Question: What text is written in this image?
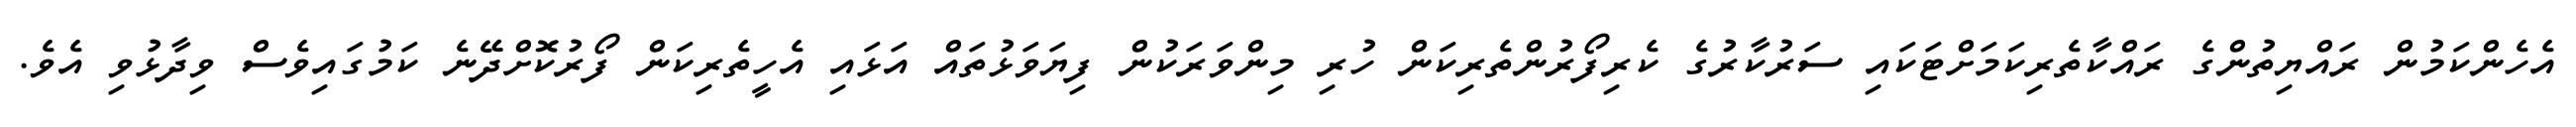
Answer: އެހެންކަމުން ރައްޔިތުންގެ ރައްކާތެރިކަމަށްޓަކައި ސަރުކާރުގެ ކެރިފޯރުންތެރިކަން ހުރި މިންވަރަކުން ފިޔަވަޅުތައް އަޅައި އެހީތެރިކަން ފޯރުކޮށްދޭނެ ކަމުގައިވެސް ވިދާޅުވި އެވެ.